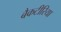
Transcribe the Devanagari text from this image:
बैकटीरिया